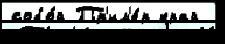
собо́й Пр'им'е́р край